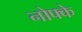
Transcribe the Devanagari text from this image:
नोफ्के